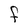
Character: F